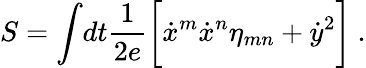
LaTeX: S=\int\! dt{\frac{1}{2e}}\biggl[{\dot{x}}^{m}{\dot{x}}^{n}\eta_{mn}+{\dot{y}}^{2}\biggr]\ .